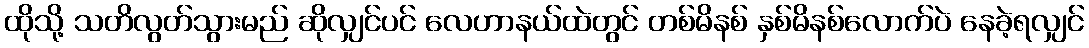
ထိုသို့ သတိလွတ်သွားမည် ဆိုလျှင်ပင် လေဟာနယ်ထဲတွင် တစ်မိနစ် နှစ်မိနစ်လောက်ပဲ နေခဲ့ရလျှင်